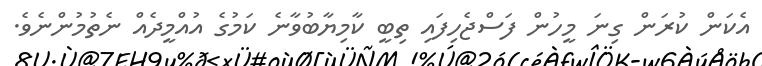
އެކަން ކުރަން ގިނަ މީހުން ފަސްޖެހިފައި ތިބީ ކާމިޔާބުވާނެ ކަމުގެ އުއްމީދެއް ނެތުމުންނެވެ.